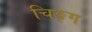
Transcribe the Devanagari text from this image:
चिङ्ग